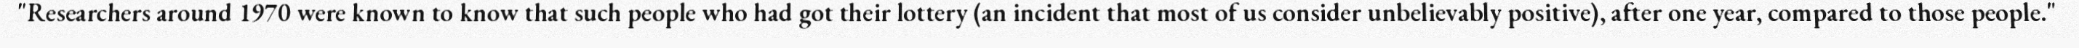
"Researchers around 1970 were known to know that such people who had got their lottery (an incident that most of us consider unbelievably positive), after one year, compared to those people."